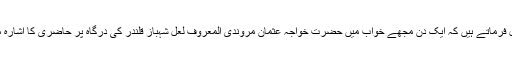
بیدل ؒفرماتے ہیں کہ ایک دن مجھے خواب میں حضرت خواجہ عثمان مروندی المعروف لعل شہباز قلندرؒ کی درگاہ پر حاضری کا اشارہ ملا۔